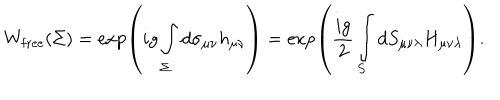
LaTeX: W _ { \mathrm { f r e e } } ( \Sigma ) = \exp \left( i g \int _ { \Sigma } ^ { } d \sigma _ { \mu \nu } h _ { \mu \nu } \right) = \exp \left( \frac { i g } { 2 } \int _ { S } ^ { } d S _ { \mu \nu \lambda } H _ { \mu \nu \lambda } \right) .